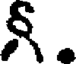
న్